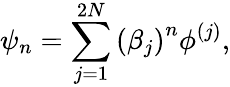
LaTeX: \psi_{n}=\sum_{j=1}^{2N}\left(\beta_{j}\right)^{n}\phi^{\left(j\right)},